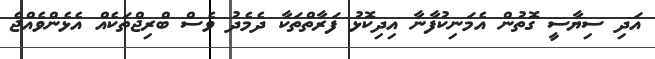
އަދި ސިޔާސީ ގޮތުން އެމަނިކުފާނާ އިދިކޮޅު ފަރާތްތަކާ ދެމެދު ވެސް ބްރިޖްތަކެއް އެޅެންވެއްޖެ